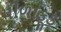
પીળાફૂડ